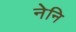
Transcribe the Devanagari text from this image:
नेनि